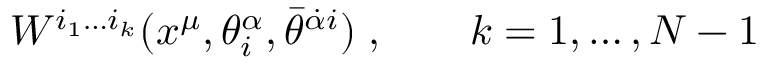
W ^ { i _ { 1 } \ldots i _ { k } } ( x ^ { \mu } , \theta _ { i } ^ { \alpha } , \bar { \theta } ^ { \dot { \alpha } i } ) \; , \qquad k = 1 , \ldots , N - 1